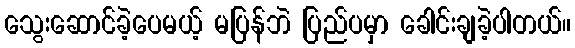
သွေးဆောင်ခဲ့ပေမယ့် မပြန်ဘဲ ပြည်ပမှာ ခေါင်းချခဲ့ပါတယ်။